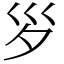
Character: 𡿪